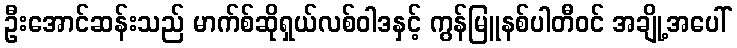
ဦးအောင်ဆန်းသည် မာက်စ်ဆိုရှယ်လစ်ဝါဒနှင့် ကွန်မြူနစ်ပါတီဝင် အချို့အပေါ်